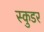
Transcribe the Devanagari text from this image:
स्कुडर